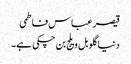
قیصر عباس فاطمی
دنیا گلوبل ویلج بن چکی ہے۔